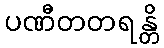
ပဏီတတရန္တိ